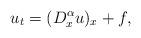
LaTeX: \begin{align*}u_t = (D^\alpha_x u)_x+f ,\end{align*}